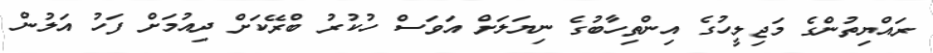
ރައްޔިތުންގެ މަޖިލީހުގެ އިންތިހާބުގެ ނިޔަލަށް އަވަސް ހުކުރު ބްރޭކަށް ދިއުމަށް ފަހު އަލުން